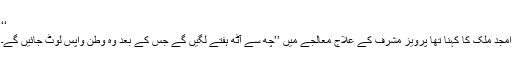
‘‘
امجد ملک کا کہنا تھا پرویز مشرف کے علاج معالجے میں ’’چھ سے آٹھ ہفتے لگیں گے جس کے بعد وہ وطن واپس لوٹ جائیں گے۔